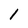
Character: 1